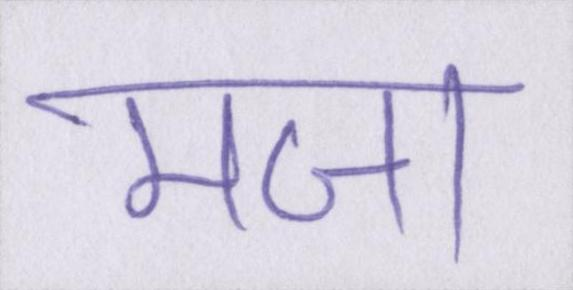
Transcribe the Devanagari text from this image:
मजा